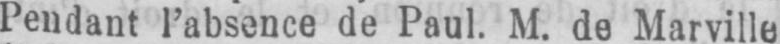
Pendant l’absence de Paul. M. de Marville